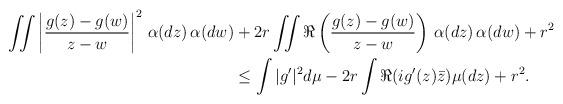
LaTeX: \begin{align*}\iint\left| \frac{g(z)-g(w)}{z-w} \right|^{2}\,\alpha(dz)\,\alpha(dw)& +2r\iint \Re\left(\frac{g(z)-g(w)}{z-w}\right)\,\alpha(dz)\,\alpha(dw)+r^{2} \\ &\le \int |g'|^{2} d\mu-2r\int \Re(ig'(z)\bar{z})\mu(dz)+r^{2}.\end{align*}